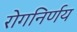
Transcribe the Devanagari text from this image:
रोगनिर्णय